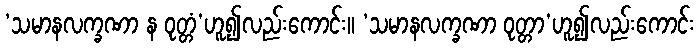
‘သမာနလက္ခဏာ န ဝုတ္တံ’ဟူ၍လည်းကောင်း။ ‘သမာနလက္ခဏာ ဝုတ္တာ’ဟူ၍လည်းကောင်း